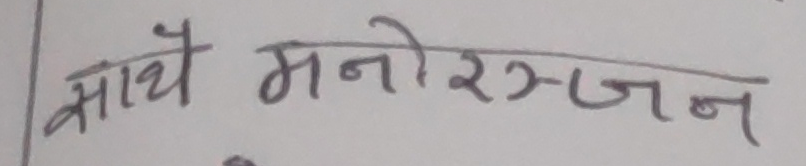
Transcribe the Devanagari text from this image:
साथै मनोरंजन